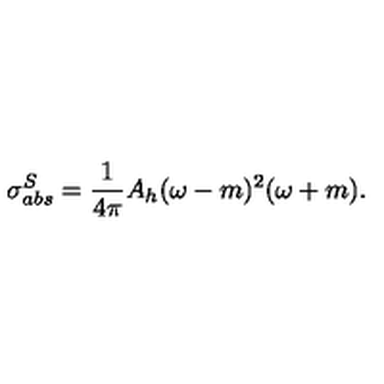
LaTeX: \sigma _ { a b s } ^ { S } = \frac { 1 } { 4 \pi } A _ { h } ( \omega - m ) ^ { 2 } ( \omega + m ) .